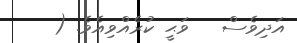
އަދިވެސް   ވަޙީ ކުރެއްވިއެވެ. (